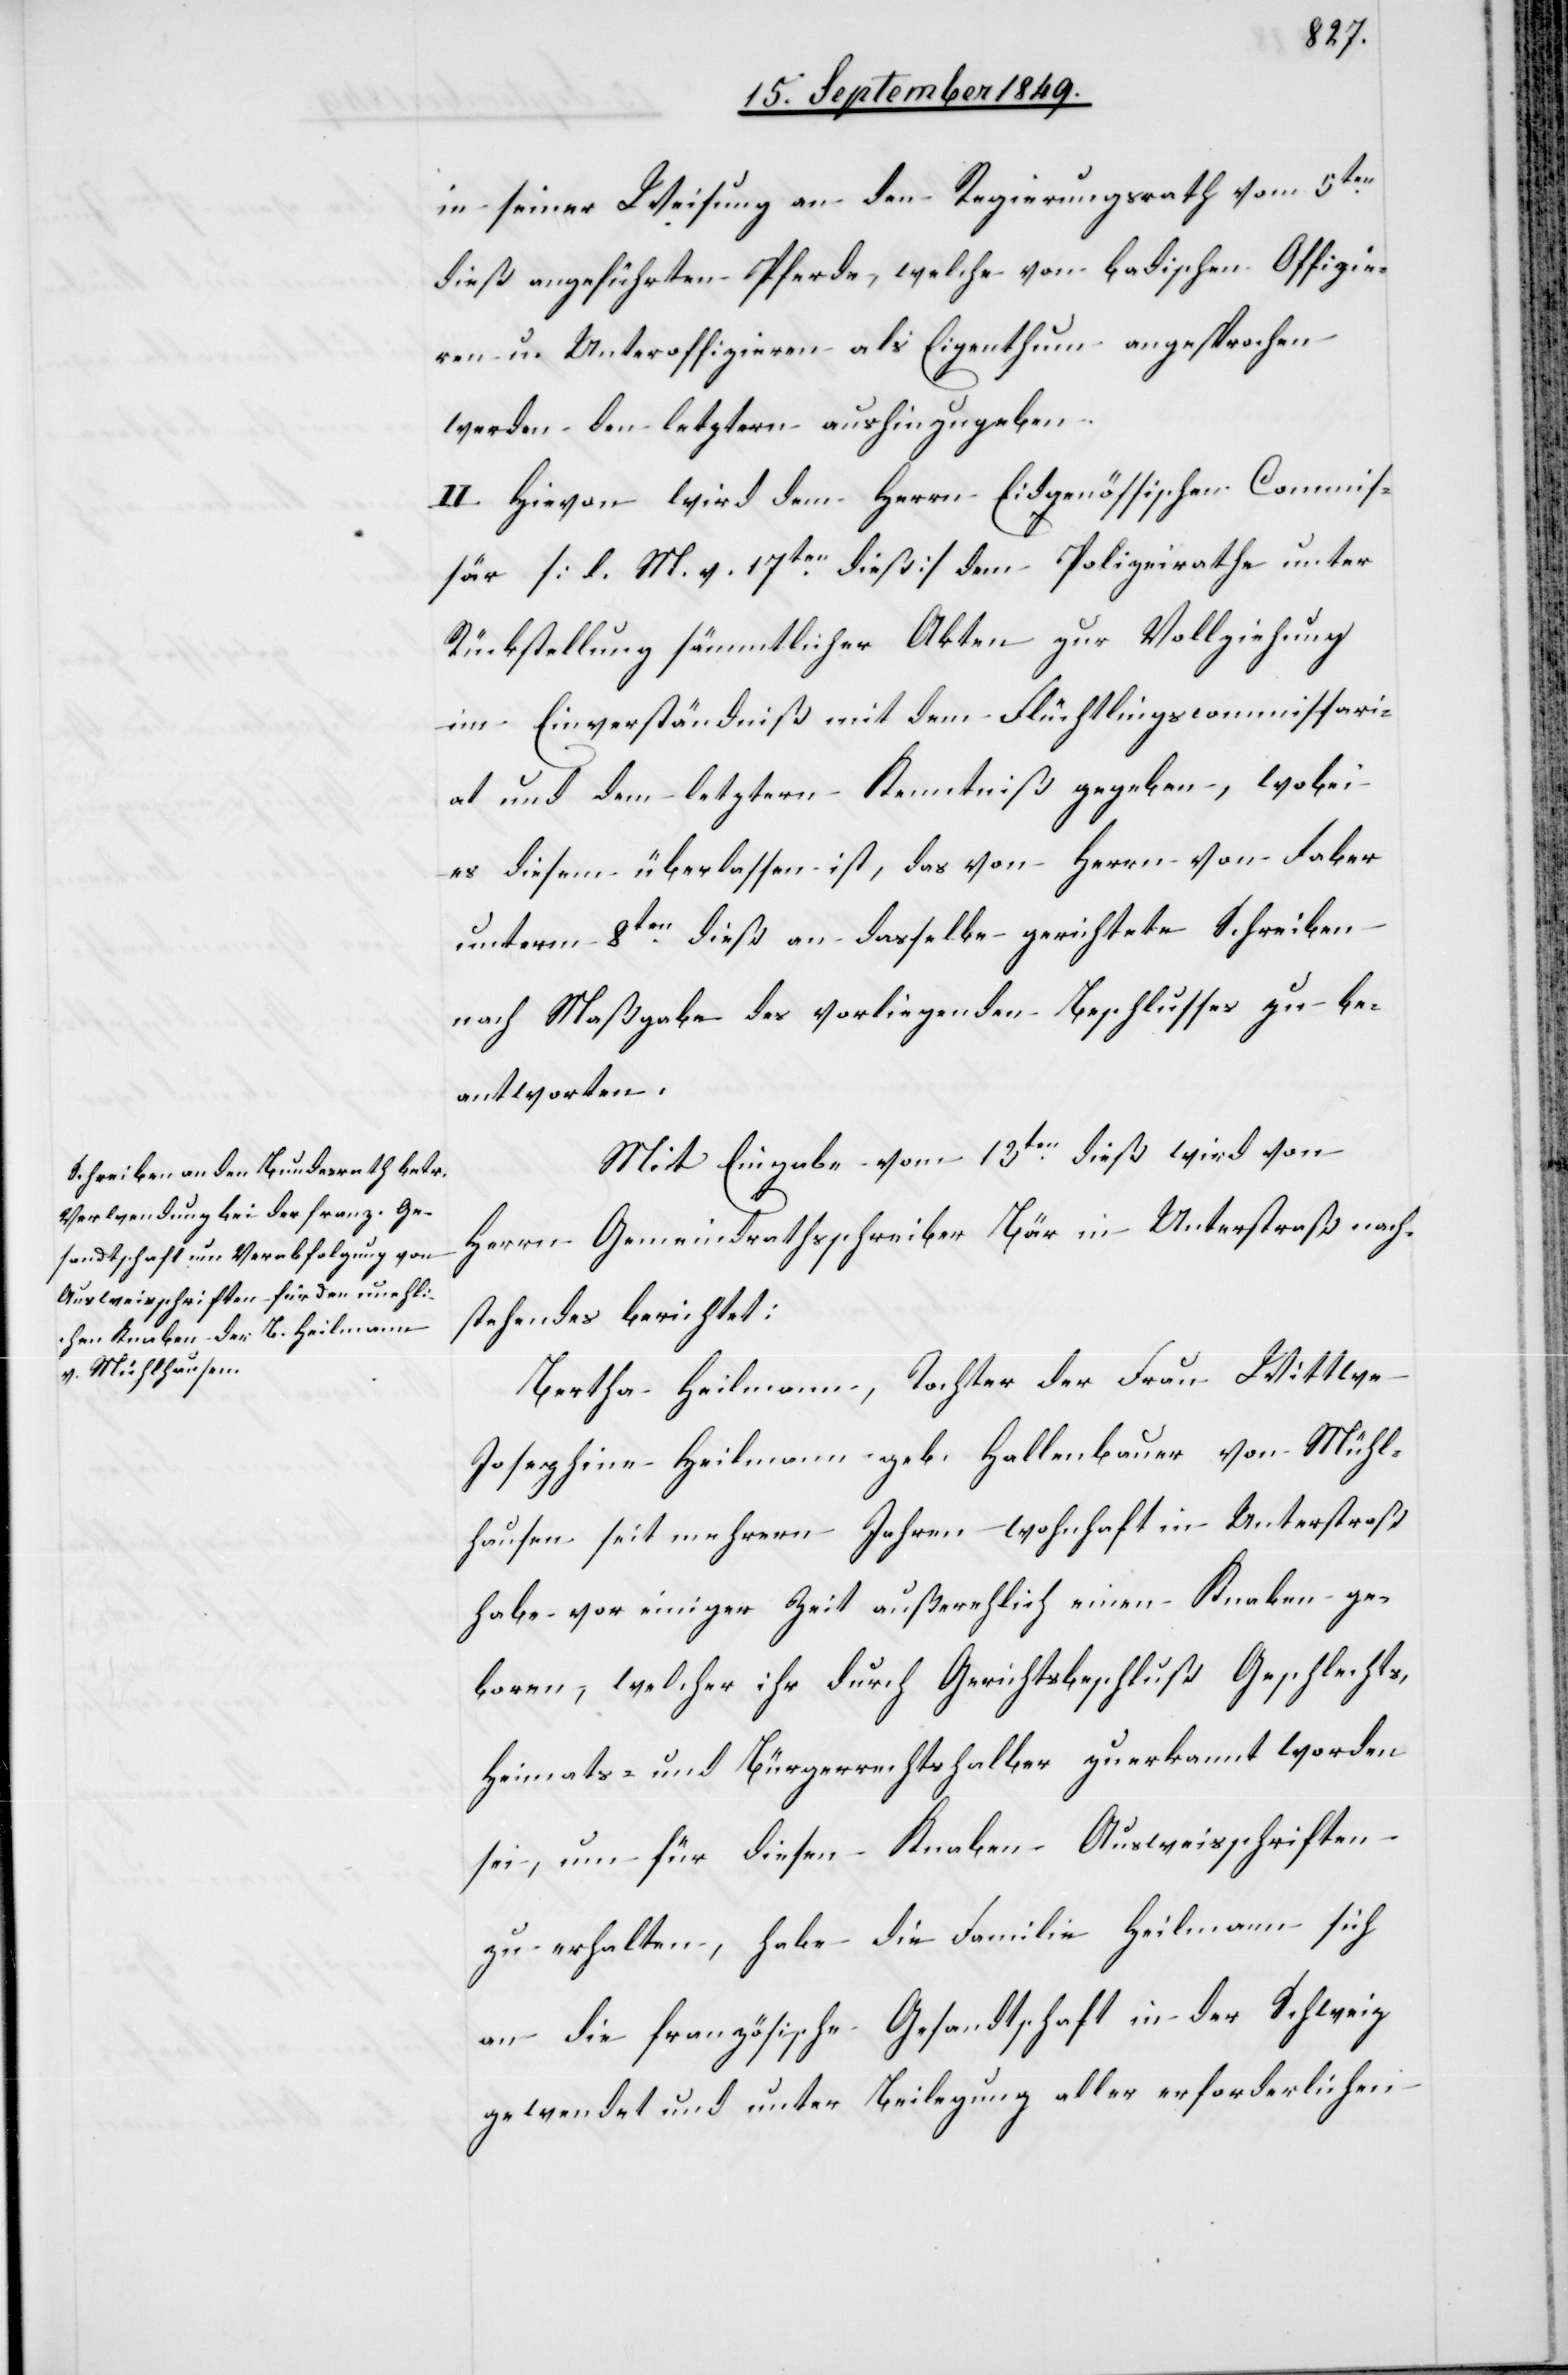
s[-],
in seiner Weisung an den Regierungsrath vom 5ten
dieß angeführten Pferde, welche von badischen Offizie¬
ren u. Unteroffizieren als Eigenthum angesprochen
werden den letztern aushinzugeben.
II. Hievon wird dem Herrn Eidgenössischen Commis¬
sär [l. M. v. 17ten dieß] dem Polizeirathe unter
Rückstellung sämmtlicher Akten zur Vollziehung
im Einverständniß mit dem Flüchtlingscommissari¬
at und dem letztern Kenntniß gegeben, wobei
es diesem überlassen ist, das von Herrn von Faber
unterm 8ten dieß an dasselbe gerichtete Schreiben
nach Maßgabe des vorliegenden Beschlusses zu be¬
antworten.
Mit Eingabe vom 13ten dieß wird von
Herrn Gemeindrathsschreiber Bär in Unterstraß nach¬
stehendes berichtet:
Bertha Heilmann, Tochter der Frau Wittwe
Josephine Heilmann geb. Hallenbauer von Mühl¬
hausen[,] seit mehrern Jahren wohnhaft in Unterstraß[,]
habe vor einiger Zeit außerehlich einen Knaben ge¬
boren, welcher ihr durch Gerichtsbeschluß Geschlecht¬
Heimats- und Bürgerrechtshalber zuerkannt worden
sei, um für diesen Knaben Ausweisschriften
zu erhalten, habe die Familie Heilmann sich
an die französische Gesandtschaft in der Schweiz
gewendet und unter Beilegung aller erforderlichen